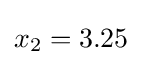
{\textstyle x_{2}=3.25}